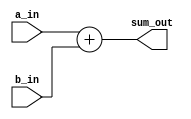
`timescale 1ns/1ps

module Adder(sum_out, a_in, b_in);

    output [31:0] sum_out;
    input [31:0] a_in, b_in;

    assign sum_out = a_in + b_in;


endmodule